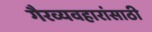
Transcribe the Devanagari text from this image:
गैरव्यवहारांसाठी